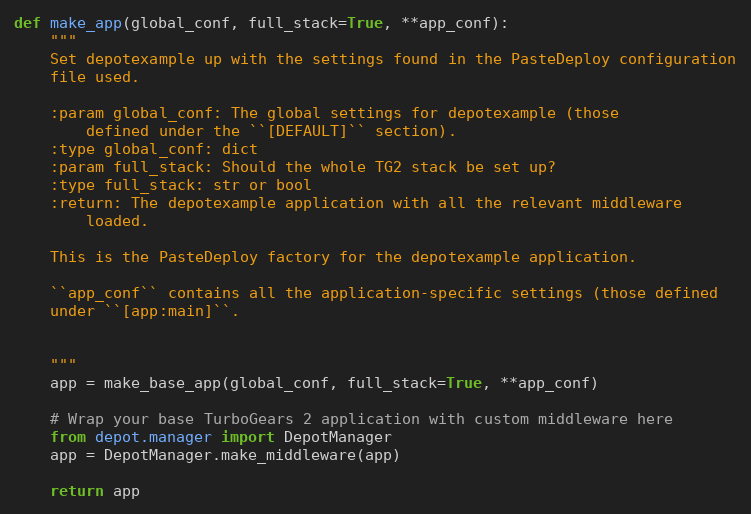
Language: Python
def make_app(global_conf, full_stack=True, **app_conf):
    """
    Set depotexample up with the settings found in the PasteDeploy configuration
    file used.

    :param global_conf: The global settings for depotexample (those
        defined under the ``[DEFAULT]`` section).
    :type global_conf: dict
    :param full_stack: Should the whole TG2 stack be set up?
    :type full_stack: str or bool
    :return: The depotexample application with all the relevant middleware
        loaded.

    This is the PasteDeploy factory for the depotexample application.

    ``app_conf`` contains all the application-specific settings (those defined
    under ``[app:main]``.

    """
    app = make_base_app(global_conf, full_stack=True, **app_conf)

    # Wrap your base TurboGears 2 application with custom middleware here
    from depot.manager import DepotManager
    app = DepotManager.make_middleware(app)

    return app